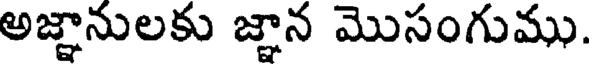
అజ్ఞానులకు జ్ఞాన మొసంగుము.